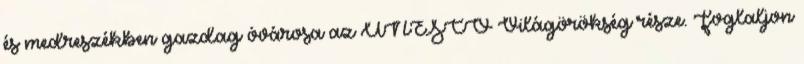
és medreszékben gazdag óvárosa az UNESCO Világörökség része. Foglaljon